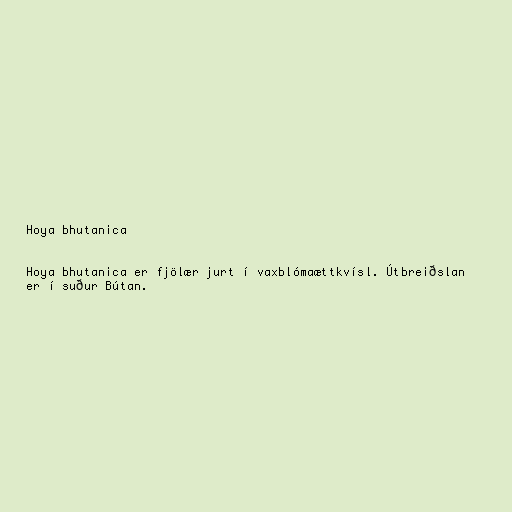
Hoya bhutanica

Hoya bhutanica er fjölær jurt í vaxblómaættkvísl. Útbreiðslan
er í suður Bútan.